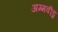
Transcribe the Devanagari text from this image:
अम्मवीडु